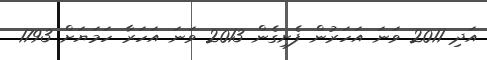
އަދި 2011 ވަނަ އަހަރުން ފެށިގެން 2013 ވަނަ އަހަރާ ހަމަޔަށް 1793